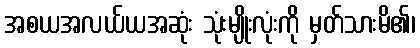
အစယအလယ်ယအဆုံး သုံးမျိုးလုံးကို မှတ်သားမိ၏၊